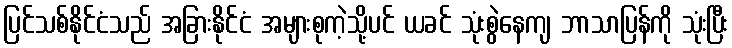
ပြင်သစ်နိုင်ငံသည် အခြားနိုင်ငံ အများစုကဲ့သို့ပင် ယခင် သုံးစွဲနေကျ ဘာသာပြန်ကို သုံးပြီး